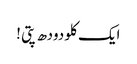
ایک کلو دودھ پتی !